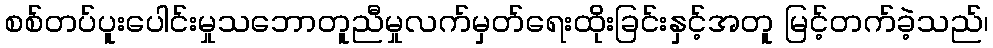
စစ်တပ်ပူးပေါင်းမှုသဘောတူညီမှုလက်မှတ်ရေးထိုးခြင်းနှင့်အတူ မြင့်တက်ခဲ့သည်၊